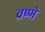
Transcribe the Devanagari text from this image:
वण्मे